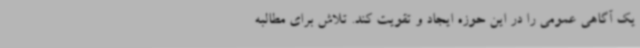
یک آگاهی عمومی را در این حوزه ایجاد و تقویت کند. تلاش برای مطالبه